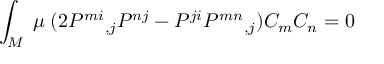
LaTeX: \int _ { M } \; \mu \; ( 2 P ^ { m i } { } _ { , j } P ^ { n j } - P ^ { j i } P ^ { m n } { } _ { , j } ) C _ { m } C _ { n } = 0